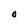
Character: O